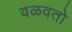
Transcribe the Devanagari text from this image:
वळवतो